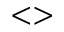
< >